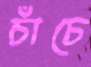
চাঁচে